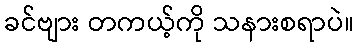
ခင်ဗျား တကယ့်ကို သနားစရာပဲ။